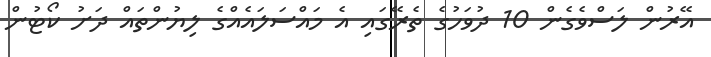
އޭރުން ލަސްވެގެން 10 ދުވަހުގެ ތެރޭގައި އެ މައްސަލައެއްގެ ލިޔުންތައް ދަށު ކޯޓުން